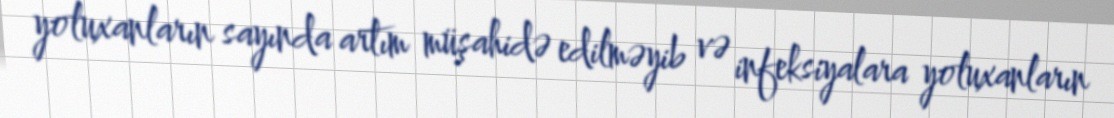
yoluxanların sayında artım müşahidə edilməyib və infeksiyalara yoluxanların